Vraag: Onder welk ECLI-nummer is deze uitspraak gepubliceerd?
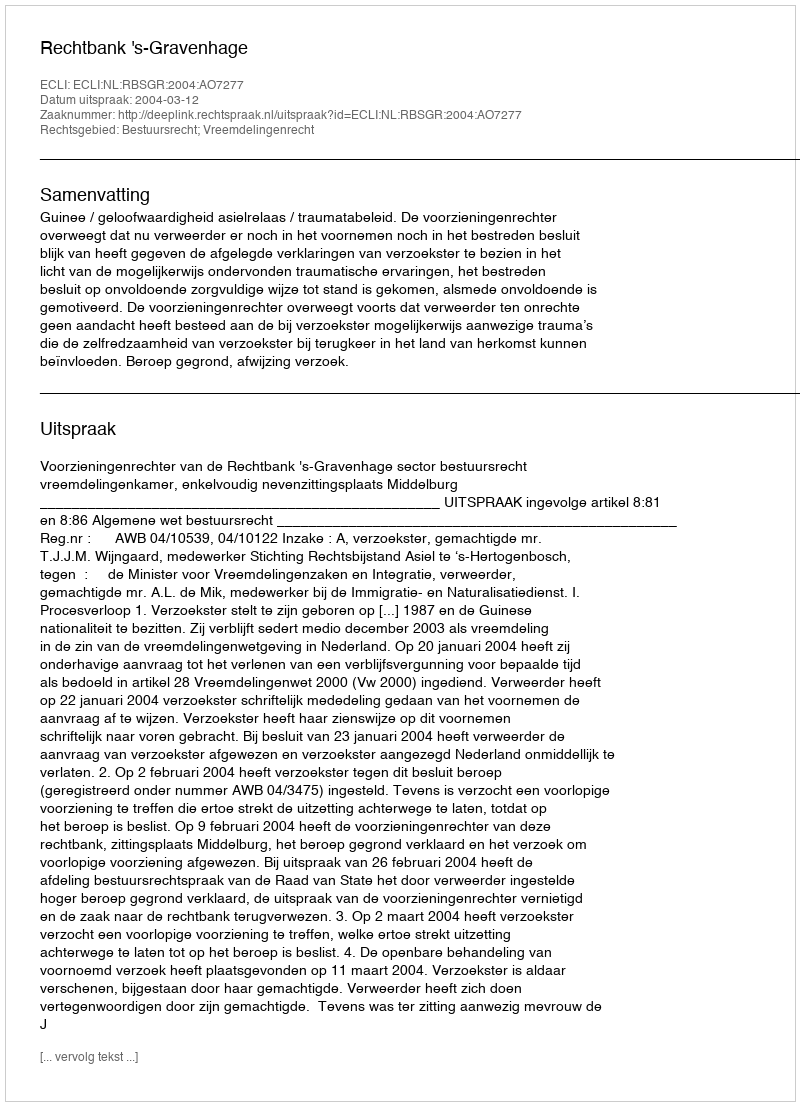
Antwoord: ECLI:NL:RBSGR:2004:AO7277